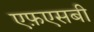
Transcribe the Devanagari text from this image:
एफ़एसबी